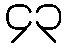
၄၃